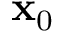
\mathbf { x } _ { 0 }